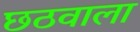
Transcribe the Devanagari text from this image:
छठवाला